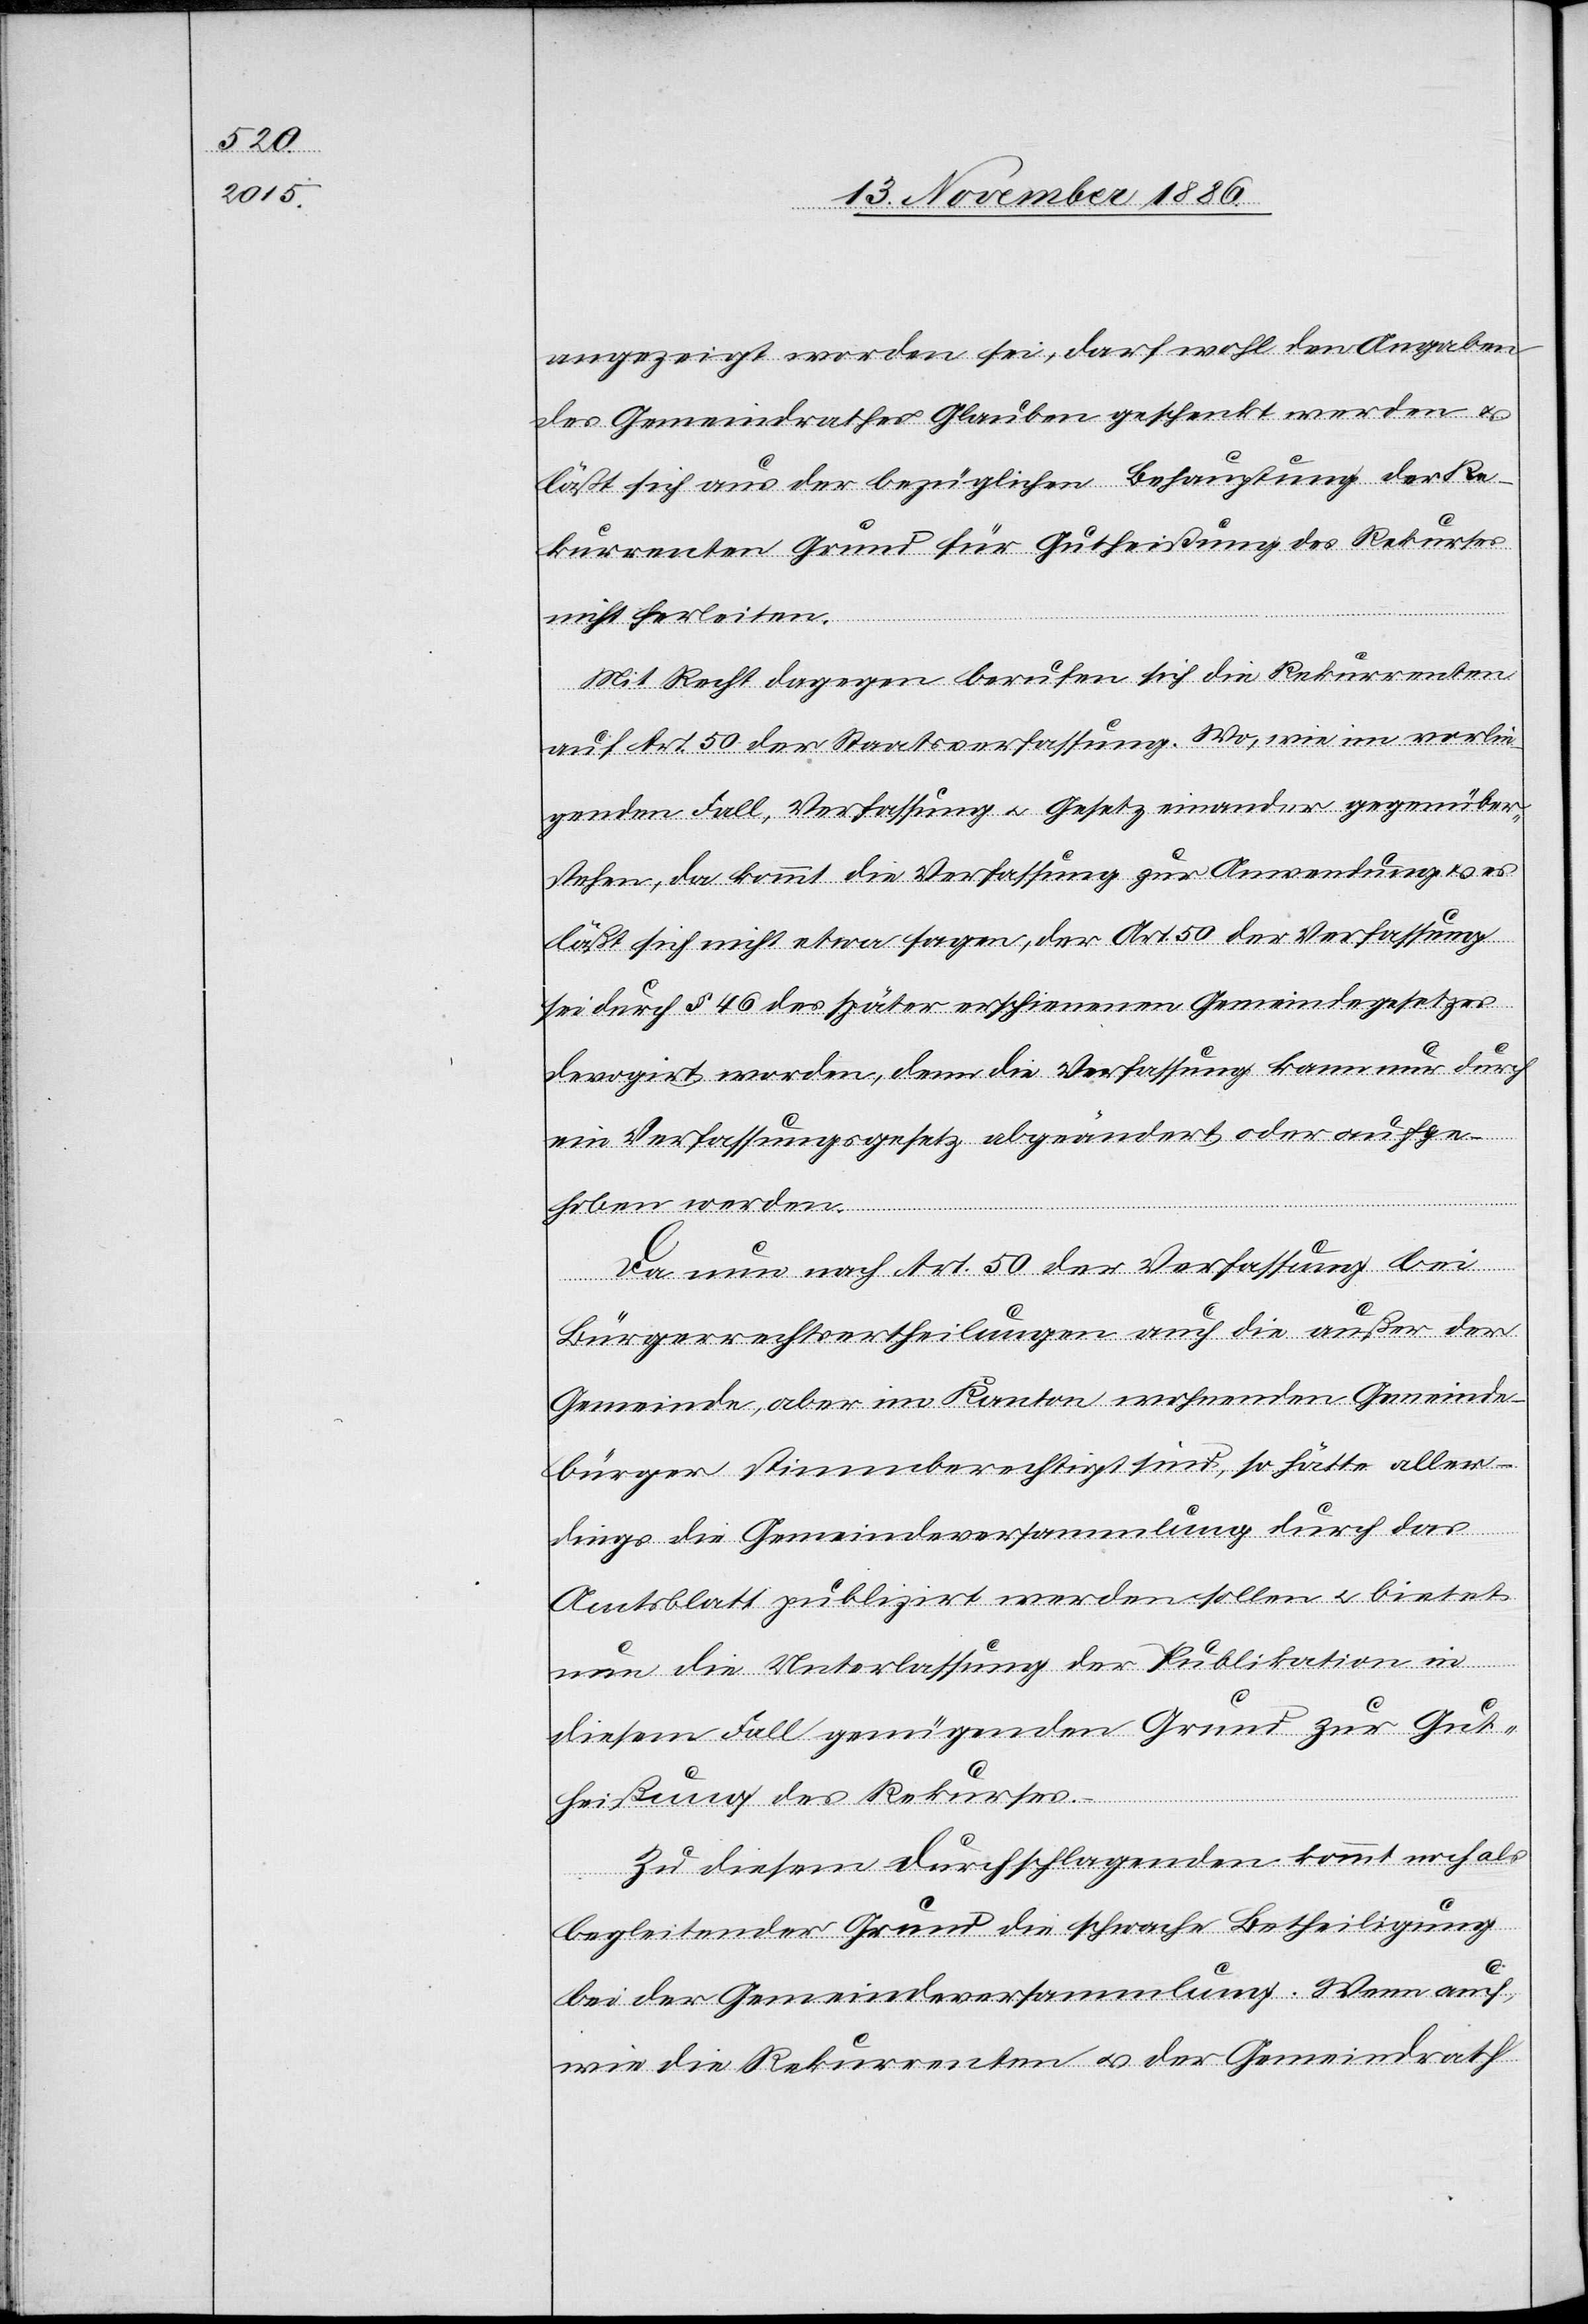
angezeigt worden sei, darf wohl den Angaben
des Gemeindrathes Glauben geschenkt werden &
läßt sich aus der bezüglichen Behauptung der Re¬
kurrenten Grund für Gutleistung des Rekurses
nicht herleiten.
Mit Recht dagegen berufen sich die Rekurrenten
auf Art. 50 der Staatsverfassung. Wo, wie im vorlie¬
genden Fall, Verfassung & Gesetz einander gegenüber¬
stehen, da kommt die Verfassung zur Anwendung & es
läßt sich nicht etwa sagen, der Art. 50 der Verfassung
sei durch § 46 des später erschienenen Gemeindegesetzes
devogirt worden, denn die Verfassung kann nur durch
ein Verfassungsgesetz abgeändert oder aufge¬
hoben werden.
Da nun nach Art. 50 der Verfassung bei
Bürgerrechtsertheilungen auch die außer der
Gemeinde, aber im Kanton wohnenden Gemeinde¬
bürger stimmberechtigt sind, so hätte aller¬
dings die Gemeindeversammlung durch das
Amtsblatt publizirt werden sollen & bietet
nun die Unterlassung der Publikation in
diesem Fall genügenden Grund zur Gut¬
heißung des Rekurses.
Zu diesem durchschlagenden kommt noch als
begleitender Grund die schwache Betheiligung
bei der Gemeindeversammlung. Wenn auch,
wie die Rekurrenten & der Gemeindrath